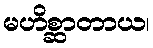
မဟိစ္ဆာတာယ၊